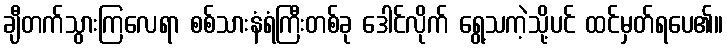
ချီတက်သွားကြလေရာ စစ်သားနံရံကြီးတစ်ခု ဒေါင်လိုက် ရွေ့သကဲ့သို့ပင် ထင်မှတ်ရပေ၏။